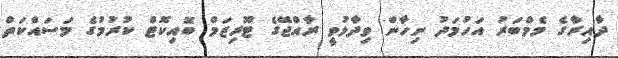
ދާއިރާގެ މެމްބަރު އަހުމަދު ނިހާން ވިދާޅުވީ ރާއްޖޭގެ ޓޫރިޒަމް ބޮއިކޮޓް ކުރުމުގެ މަސައްކަތް